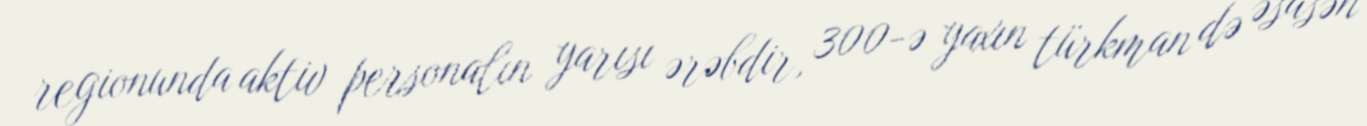
regionunda aktiv personalın yarısı ərəbdir, 300-ə yaxın türkman də əsasən